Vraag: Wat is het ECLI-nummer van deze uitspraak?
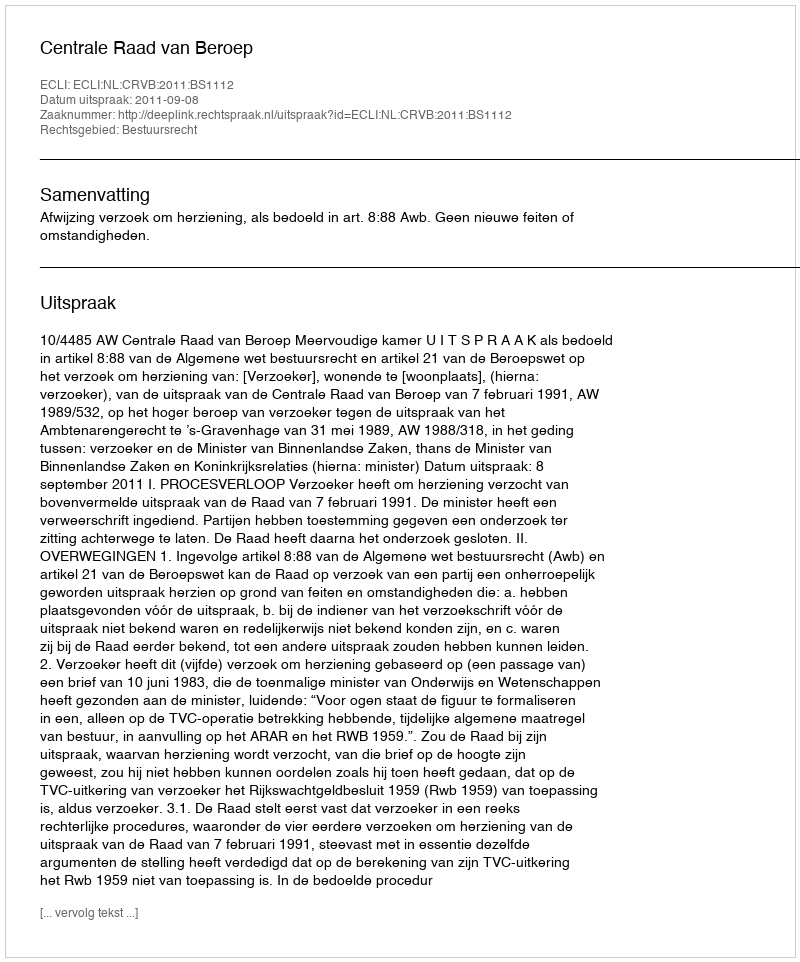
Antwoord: ECLI:NL:CRVB:2011:BS1112